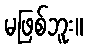
မဖြစ်ဘူး။